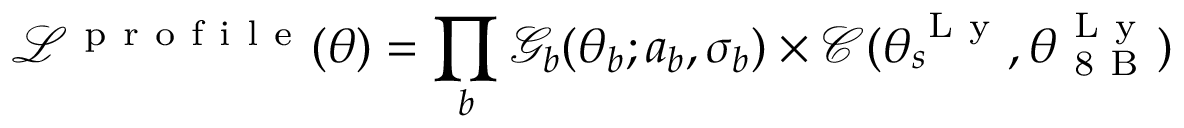
\mathcal { L } ^ { \mathrm { ~ p ~ r ~ o ~ f ~ i ~ l ~ e ~ } } ( \boldsymbol { \theta } ) = \prod _ { b } \mathcal { G } _ { b } ( \theta _ { b } ; a _ { b } , \sigma _ { b } ) \times \mathcal { C } ( \theta _ { s } ^ { \mathrm { ~ L ~ y ~ } } , \theta _ { \mathrm { ~ 8 ~ B ~ } } ^ { \mathrm { ~ L ~ y ~ } } )